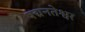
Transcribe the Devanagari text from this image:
पद्मनतेश्वर